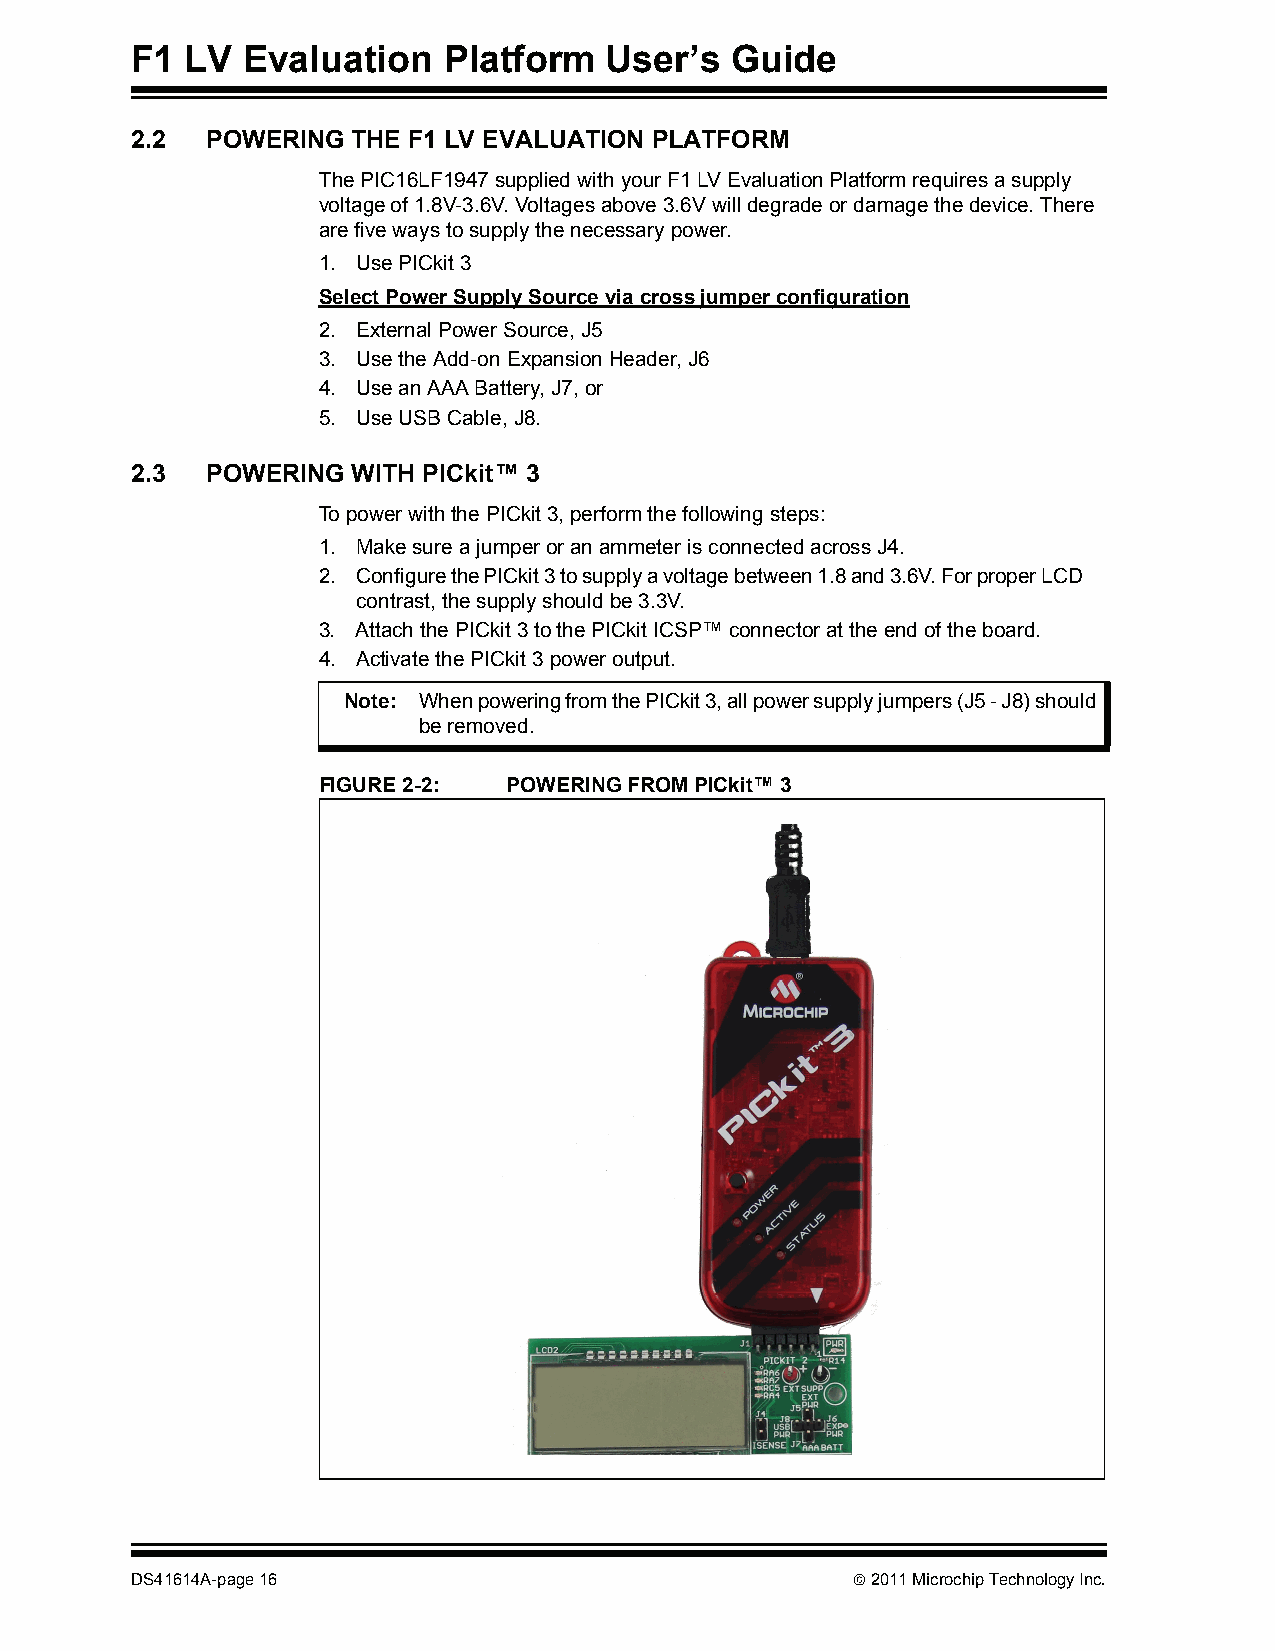
F1 LV  Evaluation   Platform   User’s  Guide
 2.2  POWERING THE F1 LV EVALUATION PLATFORM
 The PIC16LF1947 supplied with your F1 LV Evaluation Platform requires a supply
 voltage of 1.8V-3.6V. Voltages above 3.6V will degrade or damage the device. There
 are five ways to supply the necessary power.
 1. Use PICkit 3
 Select Power Supply Source via cross jumper configuration
 2. External Power Source, J5
 3. Use the Add-on Expansion Header, J6
 4. Use an AAA Battery, J7, or
 5. Use USB Cable, J8.
 2.3  POWERING WITH PICkit™ 3
 To power with the PICkit 3, perform the following steps:
 1. Make sure a jumper or an ammeter is connected across J4.
 2. Configure the PICkit 3 to supply a voltage between 1.8 and 3.6V. For proper LCD
 contrast, the supply should be 3.3V.
 3. Attach the PICkit 3 to the PICkit ICSP™ connector at the end of the board.
 4. Activate the PICkit 3 power output.
 Note: When powering from the PICkit 3, all power supply jumpers (J5 - J8) should
 be removed.
 FIGURE 2-2:  POWERING FROM PICkit™ 3
 DS41614A-page 16                                2011 Microchip Technology Inc.